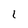
Character: 1